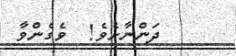
ދަންނާށެވެ!  ވެގެންވާ